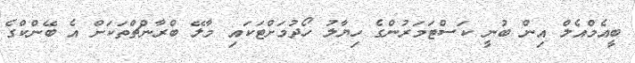
ބީއެމްއެލް އިން ބުނީ ކަސްޓަމަރުންގެ ހިޔާލު ހޯދުމަށްޓަކައި މާލޭ ބްރާންޗްތަކަށް އެ ބޭންކްގެ